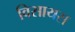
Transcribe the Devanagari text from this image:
विसायस